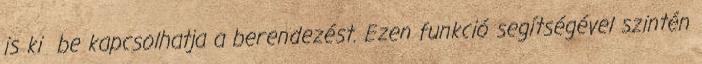
is ki be kapcsolhatja a berendezést. Ezen funkció segítségével szintén